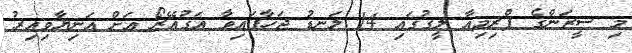
މި ސީޒަންގެ ޕްރިމިއާ ލީގުގައި 14 ލަނޑު ޖަހާފައިވާ އަގުއޭރޯ އަށް އަނިޔާވިއިރު